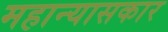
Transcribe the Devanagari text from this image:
महान्यासकार